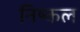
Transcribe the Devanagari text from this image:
निष्कल